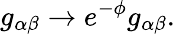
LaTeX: g_{\alpha\beta}\rightarrow e^{-\phi}g_{\alpha\beta}.